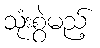
သုံးစွဲမည့်